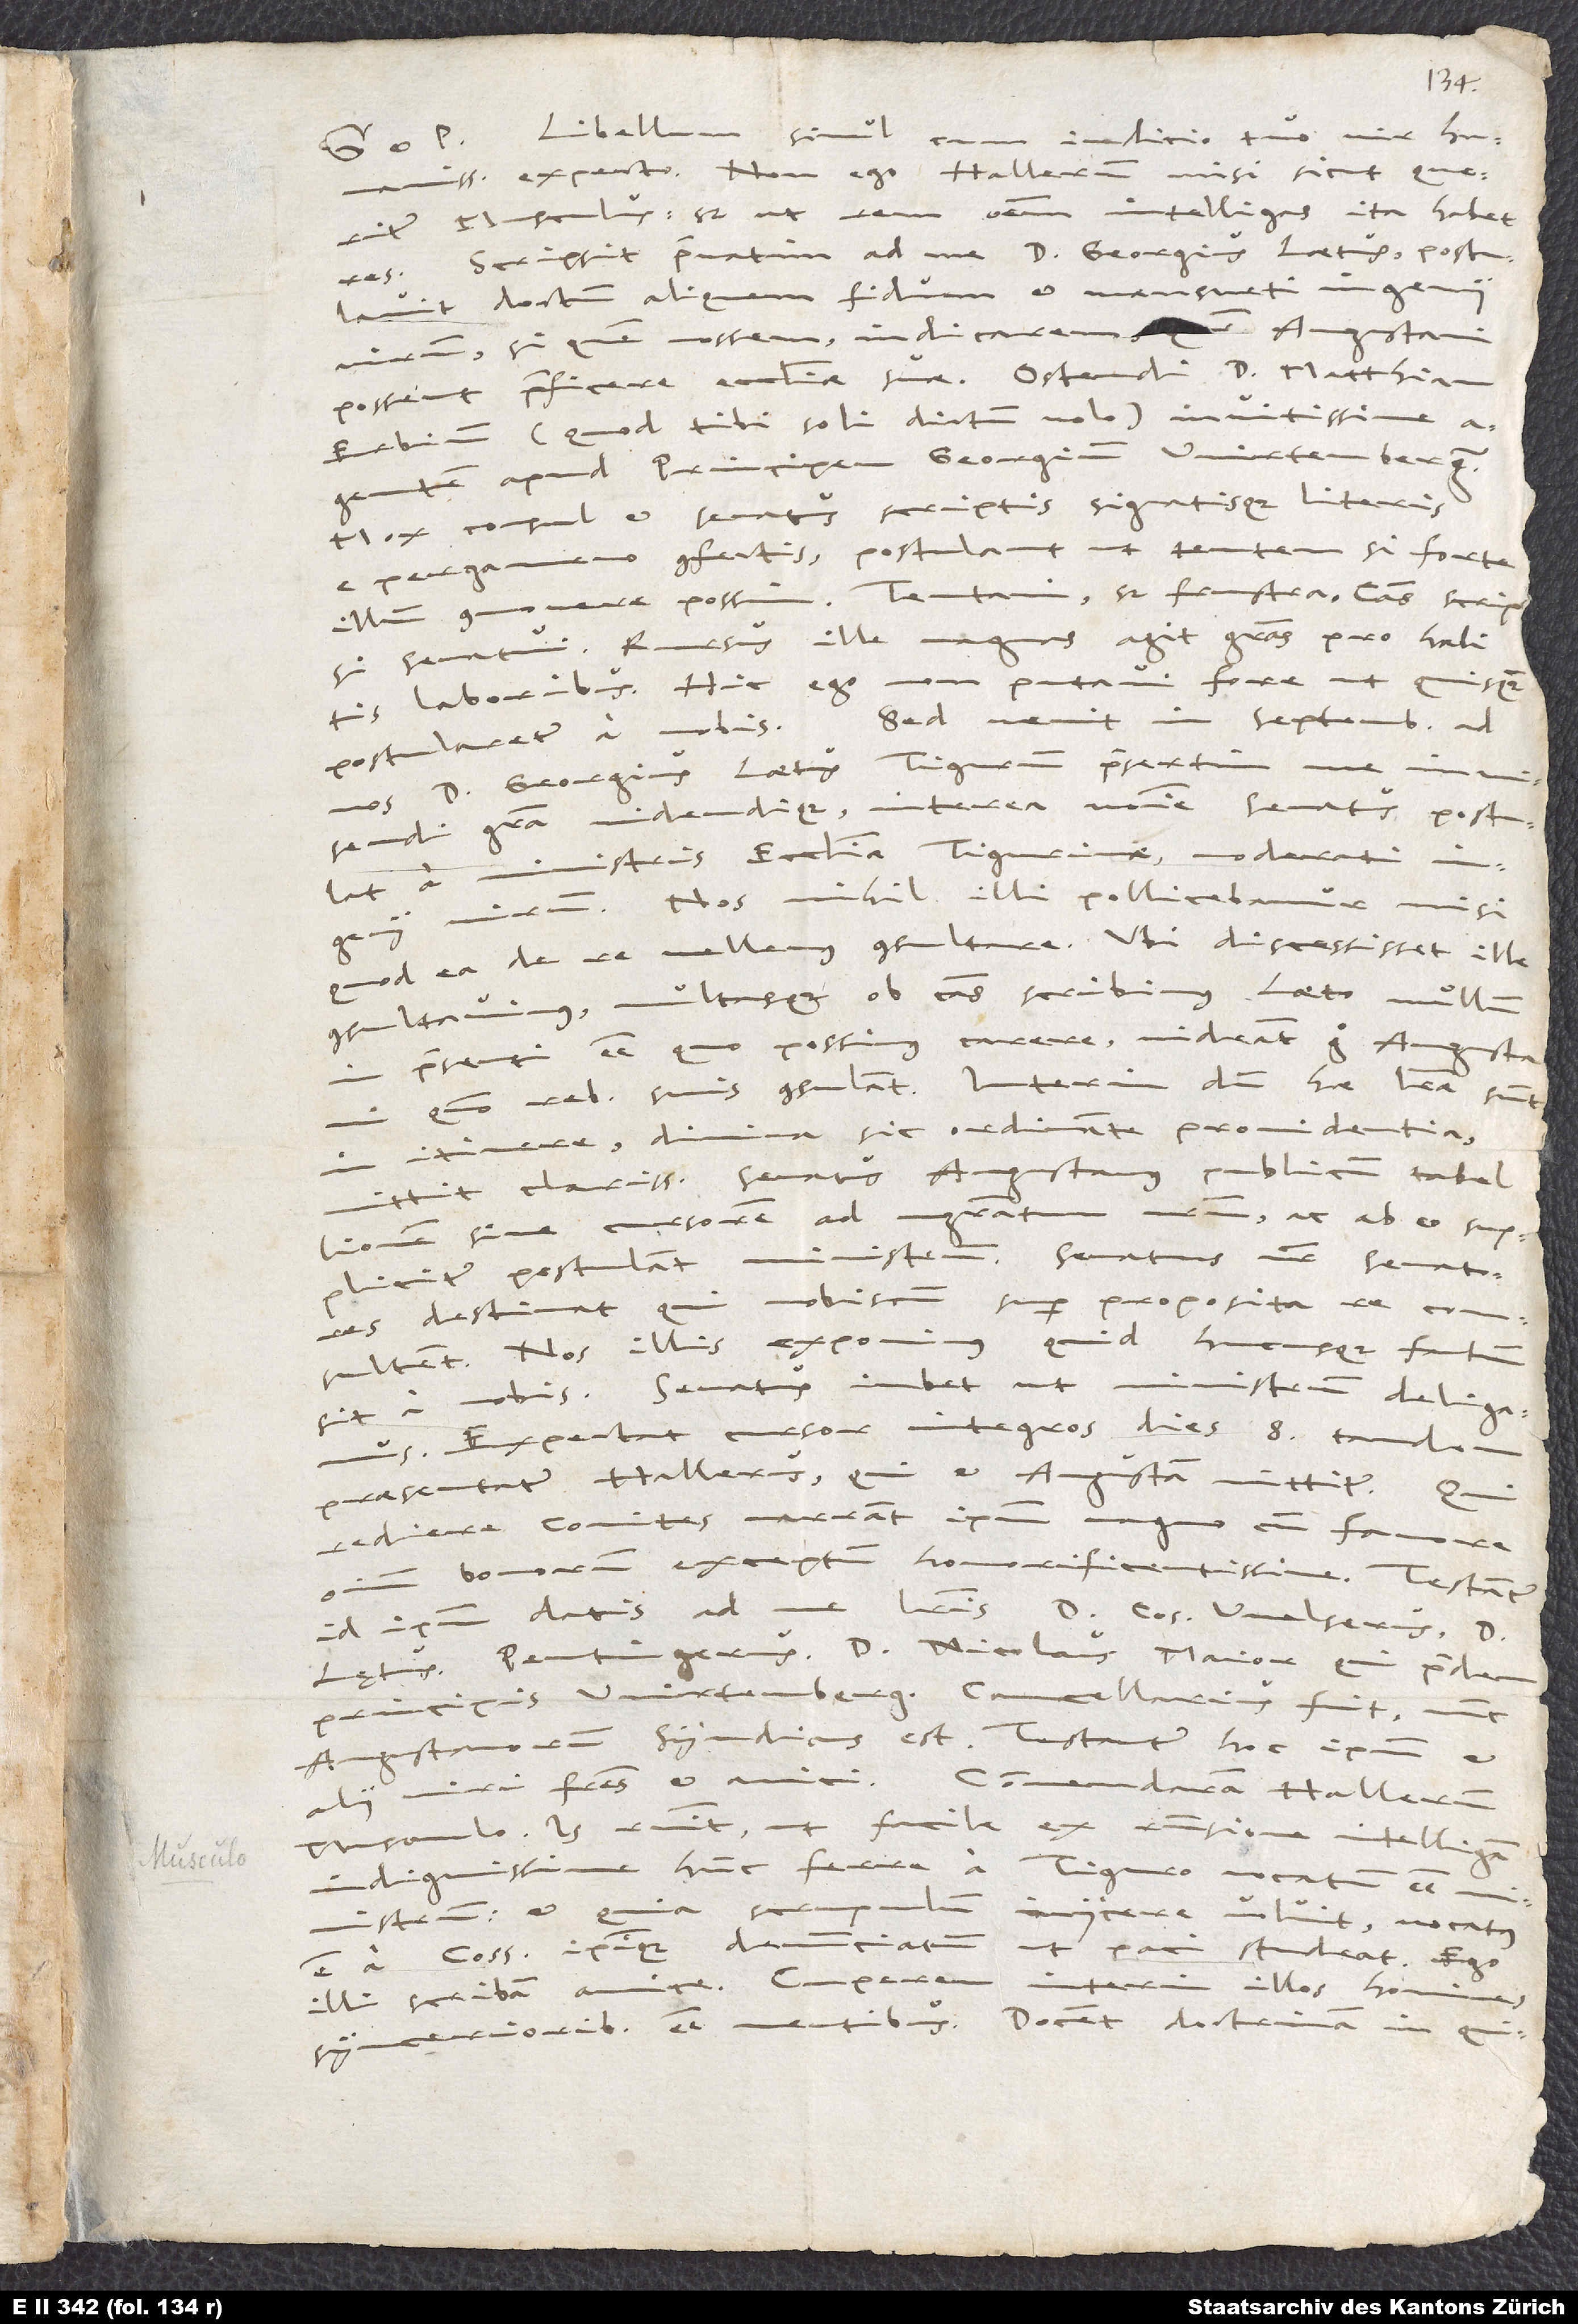
Libellum simul cum iudicio tuo, vir humanissime,
exspecto. Non ego Hallerum misi, sicut queritur
Musculus; sed ut rem omnem intelligas, ita habet
Scripsit privatim ad me D. Georgius Laetus; postulavit
doctum aliquem, fidum et mansueti ingenii
virum - si quem nossem, indicarem -, quem Augustani
possent praeficere ecclesim suae. Ostendi D. Matthiam
Erbium (quod tibi soli dictum volo), invitissime
agentem apud principem Georgium Wirtembergensem.
Mox consul et senatus scriptis signatisque literis
e pergameno confectis postulant, ut tentem, si forte
illum commovere possim. Tentavi, sed frustra. Causas scripsi
senatui. Rursus ille magnas agit gratias pro habitis
laboribus. Hinc ego non putavi fore, ut quisquam
postularetur a nobis. Sed venit in Septembri ad
nos D. Georgius Laetus Tigurum, praesertim
invisendi gratia videndique. Interea nomine senatus postulat
a ministris ecclesiae Tigurinae moderati
ingenii virum. Nos nihil illi pollicebamur, nisi
quod ea de re vellemus consultare. Ubi discessisset ille,
consultavimus multasque ob causas scribimus Laeto, nullum
praesenti esse, quo possimus carere; videant ergo Augustani,
quomodo rebus suis consulant. Interim dum hae literae sunt
itinere, divina sic ordinante providentia
mittit clarissimus senatus Augustanus publicum tabellionem
sive cursorem ad magistratum nostrum ac ab eo suppliciter
destinat, qui nobiscum super proposita re consultent.
Nos illis exponimus, quid hucusque factum
sit a nobis. Senatus iubet, ut ministrum deligamus.
Exspectat cursor integros dies 8; tandem
praesentatur Hallerus, qui et Augustam mittitur. Qui
rediere comites, narrant, ipsum magno cum favore
omnium bonorum exceptum honorificentissime. Testantur
id ipsum datis ad me literis D. consul Welserus, D.
Lętus, Peutingerus, D. Nicolaus Maior, qui pridem
principis Wirtembergensis cancellarius fuit, nunc
Augustanorum syndicus est; testantur hoc ipsum et
alii viri fratres et amici. Commendaram Hallerum
Musculo. Is respondit, ut facile ex responsione intelligam,
indignissime hunc ferre, a Tiguro vocatum esse
scrupulum inficere voluit, vocatus
ministrum, et
est a consulibus ipsique denuntiatum, ut paci studeat. Ego
interim, illos homines
illi scribam amice. Cuperem
sincerioribus esse mentibus. Docent doctrinam in quibusdam,